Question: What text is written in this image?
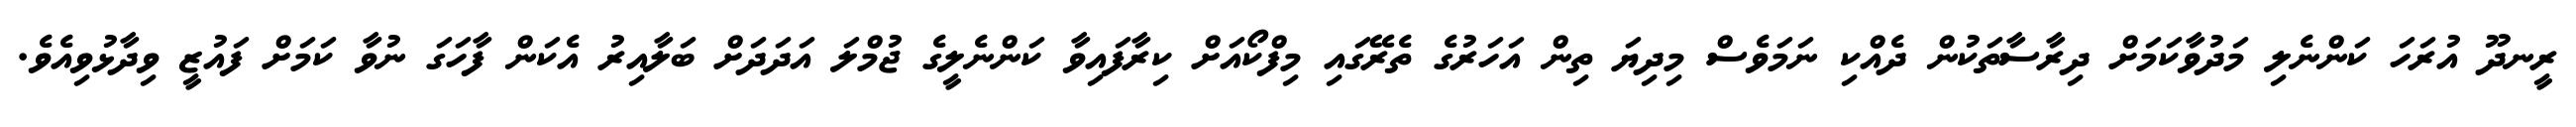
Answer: ރީނދޫ އުރަހަ ކަންނެލި މަދުވާކަމަށް ދިރާސާތަކުން ދެއްކި ނަމަވެސް މިދިޔަ ތިން އަހަރުގެ ތެރޭގައި މިފްކޯއަށް ކިރާފައިވާ ކަންނެލީގެ ޖުމްލަ އަދަދަށް ބަލާއިރު އެކަން ފާހަގަ ނުވާ ކަމަށް ފައުޒީ ވިދާޅުވިއެވެ.